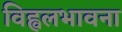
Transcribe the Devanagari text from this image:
विह्वलभावना